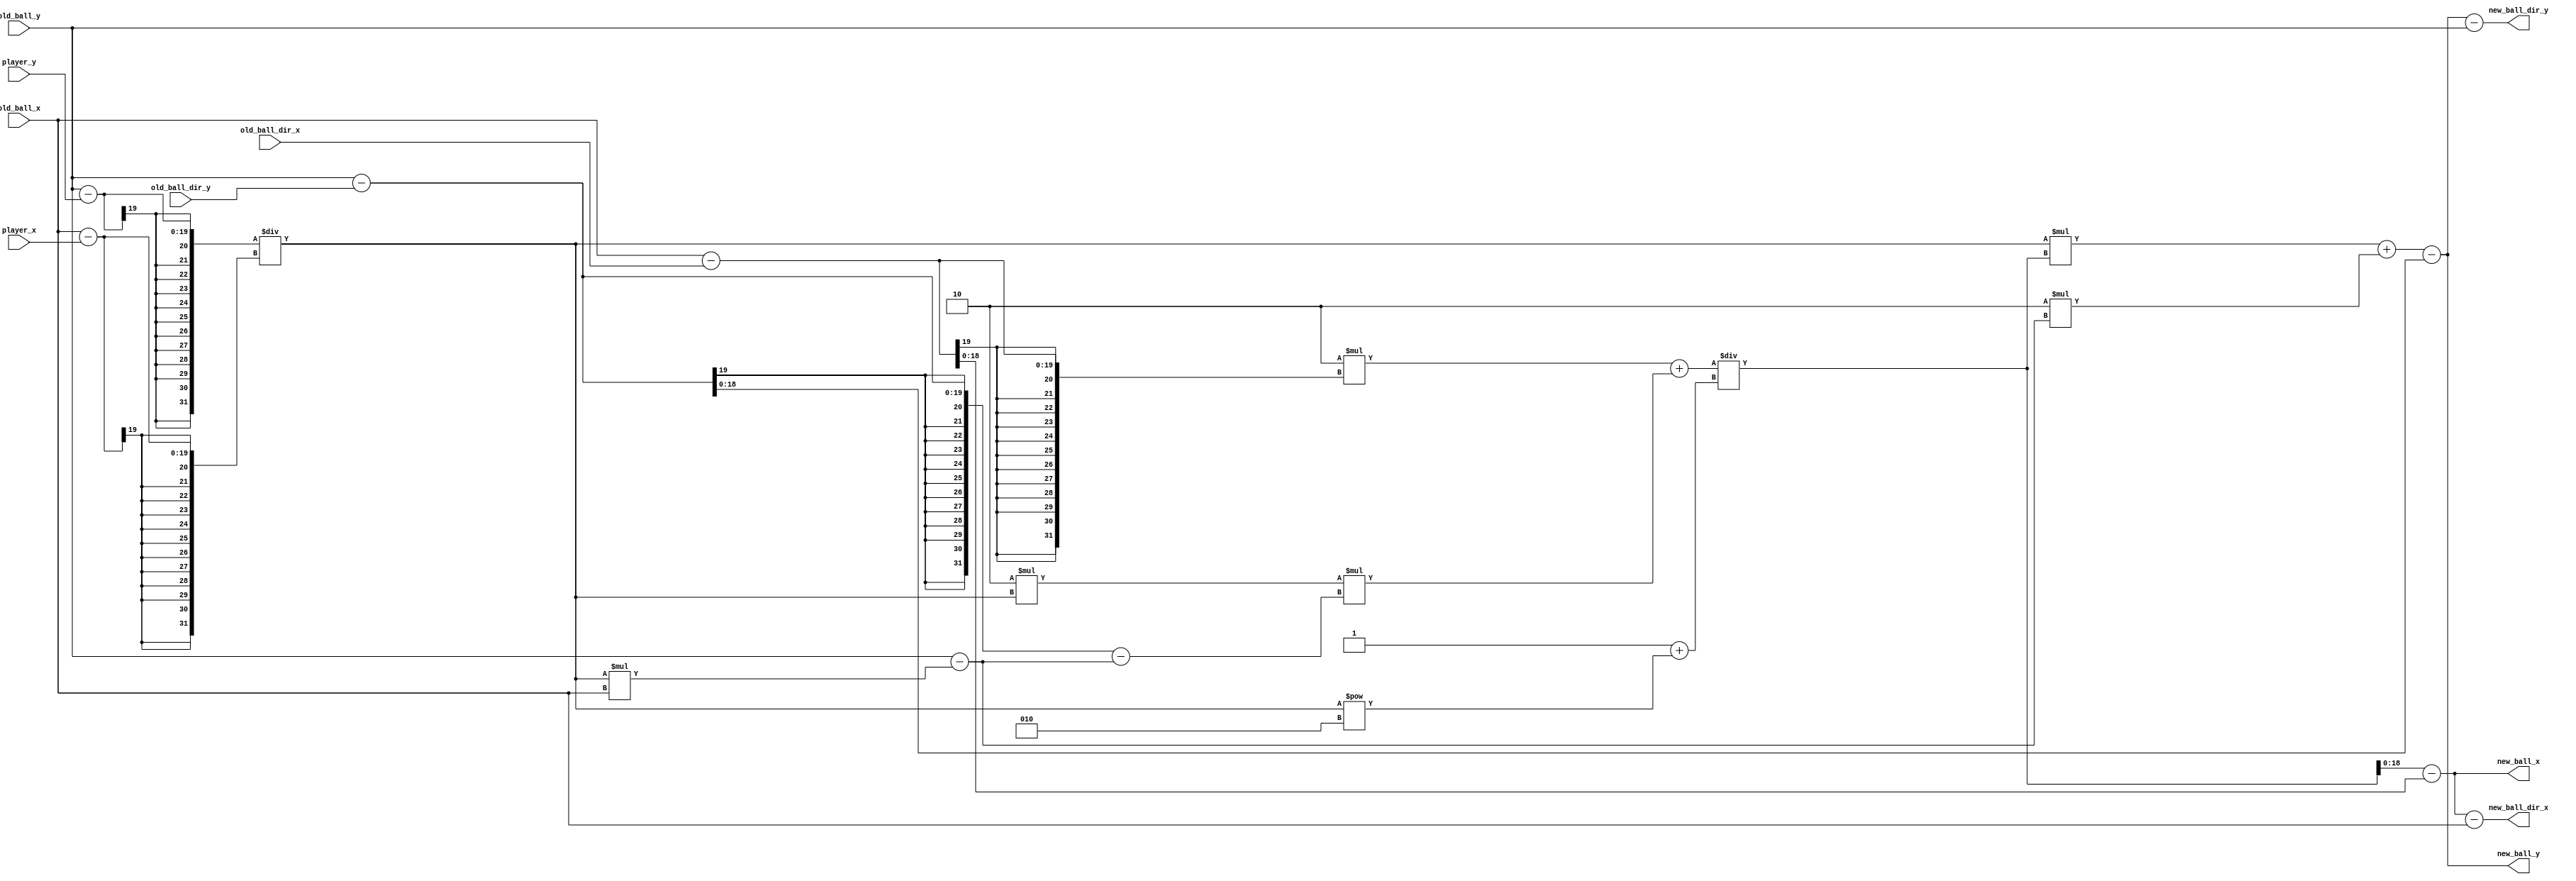
module player_ball_collider (
	input wire [18:0]    old_ball_x,
	input wire [18:0]    old_ball_y,
	input wire  [9:0]      player_x,
	input wire  [9:0]      player_y,
	input wire [18:0] old_ball_dir_x,
	input wire [18:0] old_ball_dir_y,
	
	output reg signed [18:0] new_ball_x,
	output reg signed [18:0] new_ball_y,
	output reg signed [18:0] new_ball_dir_x,
	output reg signed [18:0] new_ball_dir_y
);

	always begin
		new_ball_x = (((2 * (old_ball_x - old_ball_dir_x) + (2 * ((old_ball_y - player_y) / (old_ball_x - player_x)) * ((old_ball_y - old_ball_dir_y) - (old_ball_y - ((old_ball_y - player_y) / (old_ball_x - player_x)) * old_ball_x)))) / (1 + ((old_ball_y - player_y) / (old_ball_x - player_x)) ** 2)) - (old_ball_x - old_ball_dir_x));
		new_ball_y = (((old_ball_y - player_y) / (old_ball_x - player_x)) * ((2 * (old_ball_x - old_ball_dir_x) + (2 * ((old_ball_y - player_y) / (old_ball_x - player_x)) * ((old_ball_y - old_ball_dir_y) - (old_ball_y - ((old_ball_y - player_y) / (old_ball_x - player_x)) * old_ball_x)))) / (1 + ((old_ball_y - player_y) / (old_ball_x - player_x)) ** 2)) + (2 * (old_ball_y - ((old_ball_y - player_y) / (old_ball_x - player_x)) * old_ball_x)) - (old_ball_y - old_ball_dir_y));
		new_ball_dir_x = (new_ball_x - old_ball_x);
		new_ball_dir_y = (new_ball_y - old_ball_y);
	end
	
endmodule